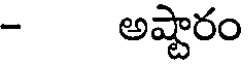
- అష్టారం